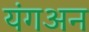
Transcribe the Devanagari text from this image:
यंगअन